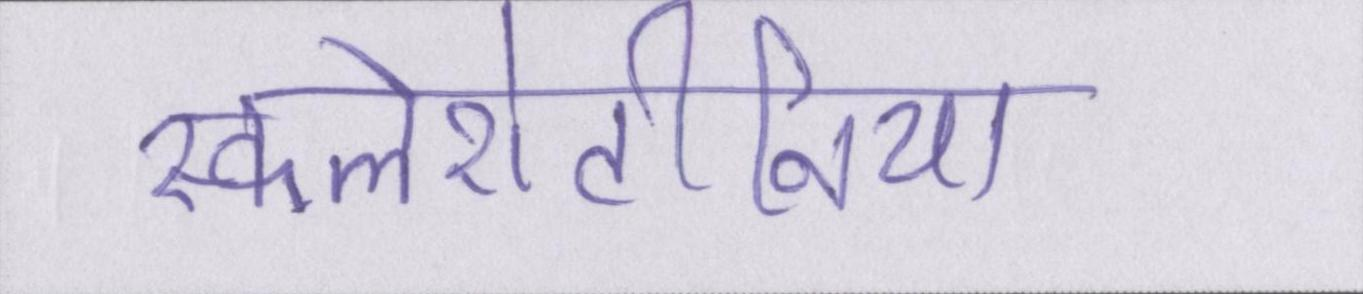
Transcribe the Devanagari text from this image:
स्कलेरोटीनिया